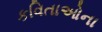
કવિતાઓના